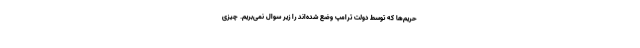
حریم‌ها که توسط دولت ترامپ وضع شده‌اند را زیر سوال نمی‌بریم. چیزی